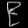
Digit: ၉